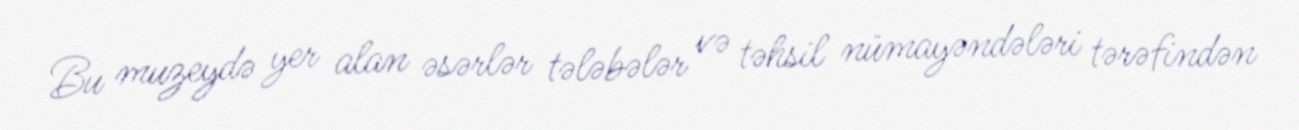
Bu muzeydə yer alan əsərlər tələbələr və təhsil nümayəndələri tərəfindən